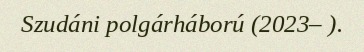
Szudáni polgárháború (2023– ).